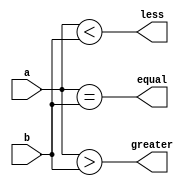
module parallel_comparator (
    input [7:0] a,
    input [7:0] b,
    output wire equal,
    output wire greater,
    output wire less
);

assign equal = (a == b);
assign greater = (a > b);
assign less = (a < b);

endmodule